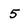
Character: 5